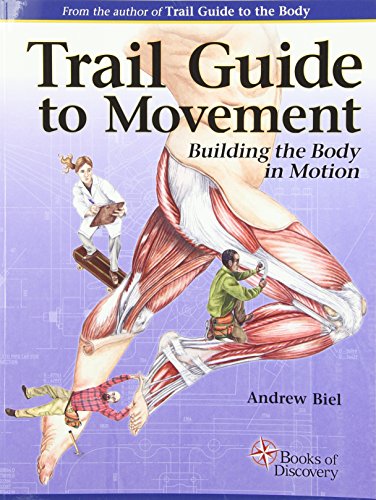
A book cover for Trail Guide to Movement: Building the Body in Motion; Andrew Biel; Science & Math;